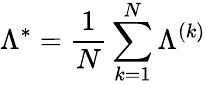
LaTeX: \Lambda^{*}=\frac{1}{N}\sum_{k=1}^{N}\Lambda^{(k)}